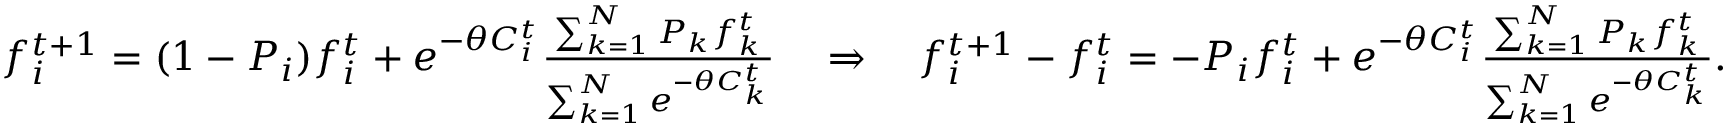
\begin{array} { r } { f _ { i } ^ { t + 1 } = ( 1 - P _ { i } ) f _ { i } ^ { t } + e ^ { - \theta C _ { i } ^ { t } } \frac { \sum _ { k = 1 } ^ { N } P _ { k } f _ { k } ^ { t } } { \sum _ { k = 1 } ^ { N } e ^ { - \theta C _ { k } ^ { t } } } \ \ \ \Rightarrow \ \ \ f _ { i } ^ { t + 1 } - f _ { i } ^ { t } = - P _ { i } f _ { i } ^ { t } + e ^ { - \theta C _ { i } ^ { t } } \frac { \sum _ { k = 1 } ^ { N } P _ { k } f _ { k } ^ { t } } { \sum _ { k = 1 } ^ { N } e ^ { - \theta C _ { k } ^ { t } } } . } \end{array}